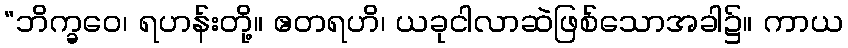
“ဘိက္ခဝေ၊ ရဟန်းတို့။ ဧတရဟိ၊ ယခုငါလာဆဲဖြစ်သောအခါ၌။ ကာယ